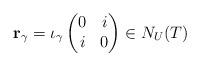
LaTeX: \begin{align*}\mathbf r_{\gamma}=\iota_{\gamma}\begin{pmatrix} 0 & i \\ i & 0\end{pmatrix}\in N_{ U}( T)\end{align*}